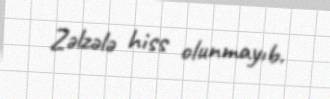
Zəlzələ hiss olunmayıb.